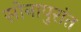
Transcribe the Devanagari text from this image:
सोनापुरांत